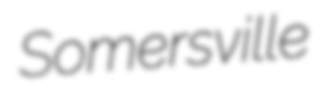
Somersville